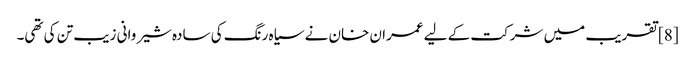
[8] تقریب میں شرکت کے لیے عمران خان نے سیاہ رنگ کی سادہ شیروانی زیب تن کی تھی۔